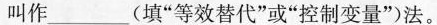
叫作___填“等效替代”或“控制变量”)法。